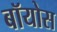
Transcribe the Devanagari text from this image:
बॉयोस